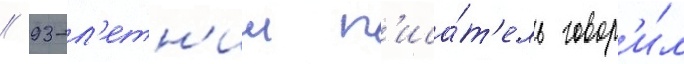
// 93-л'етн'ии п'иса́т'ель говор'и́л